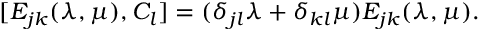
[ E _ { j k } ( \lambda , \mu ) , { \cal C } _ { l } ] = ( \delta _ { j l } \lambda + \delta _ { k l } \mu ) E _ { j k } ( \lambda , \mu ) .